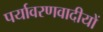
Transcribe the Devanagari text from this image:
पर्यावरणवादीयों